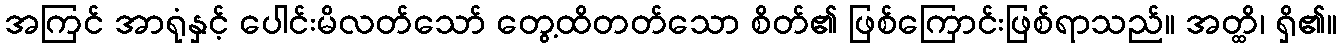
အကြင် အာရုံနှင့် ပေါင်းမိလတ်သော် တွေ့ထိတတ်သော စိတ်၏ ဖြစ်ကြောင်းဖြစ်ရာသည်။ အတ္ထိ၊ ရှိ၏။